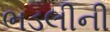
ભડલીની